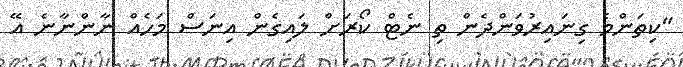
"ކިތަންމެ ގިނައިރުވަންދެން ތި ނެޓް ކޯރަށް ލައިގެން އިނަސް މަހެއް ނާންނާނެ އޭ